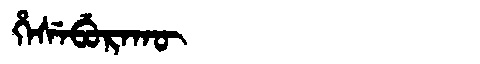
Manchu: ᡥᡝᠰᡝᠪᡠᡵᠠᡴᡡ
Romanization: HESEBURAKŪ